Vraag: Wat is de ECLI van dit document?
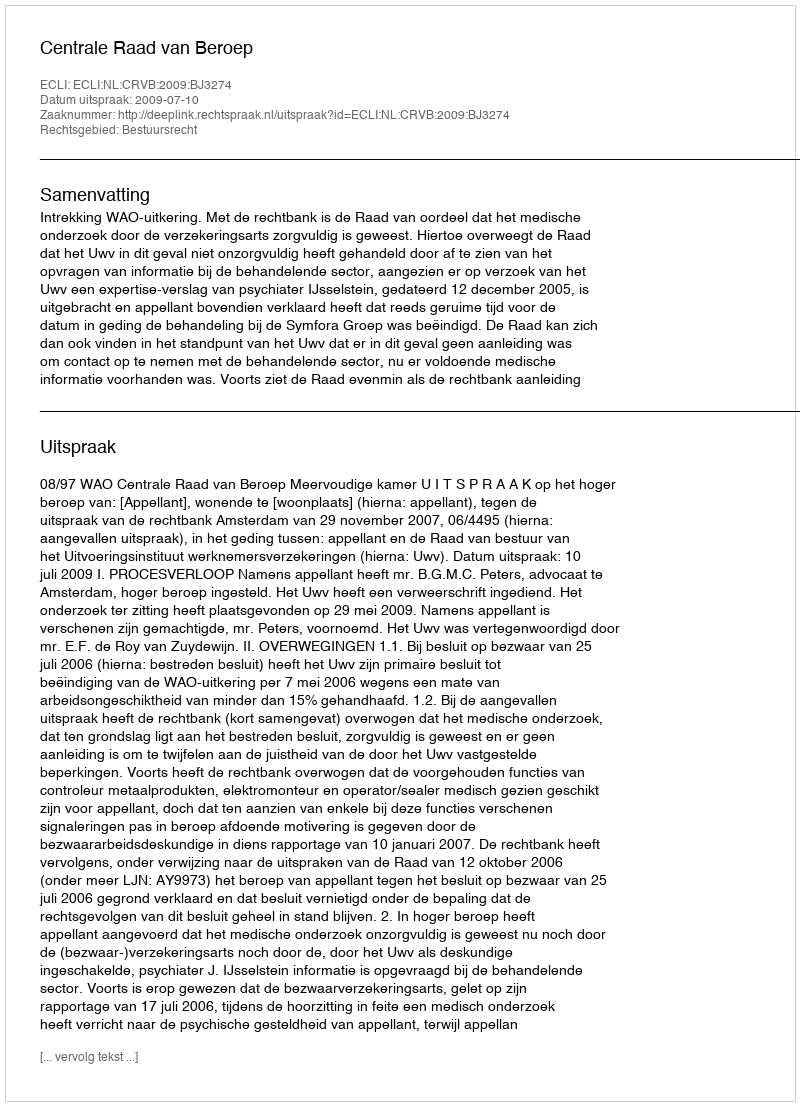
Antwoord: ECLI:NL:CRVB:2009:BJ3274